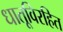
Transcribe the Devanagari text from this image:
धातूविरहित